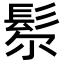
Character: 𩬘